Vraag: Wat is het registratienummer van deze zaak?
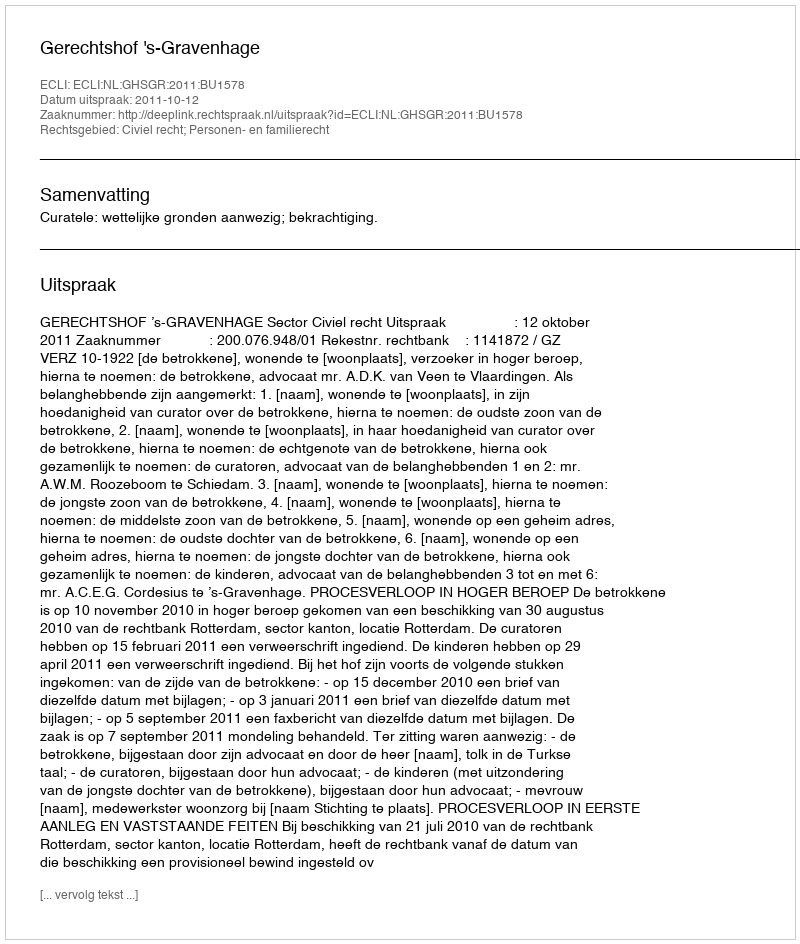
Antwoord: http://deeplink.rechtspraak.nl/uitspraak?id=ECLI:NL:GHSGR:2011:BU1578